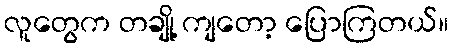
လူတွေက တချို့ ကျတော့ ပြောကြတယ်။